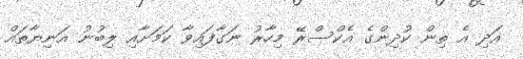
އަދި އެ ތިން ކުދިންގެ އެކްސްރޭ މިހާރު ނަގާފައިވާ ކަމަށާއި ލިބުނު އަނިޔާތައް